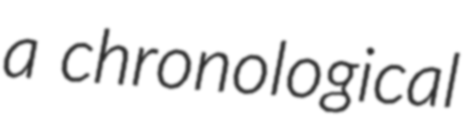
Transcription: a chronological